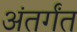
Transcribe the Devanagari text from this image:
अंतर्गंत